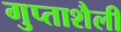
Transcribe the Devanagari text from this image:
गुप्ताशैली